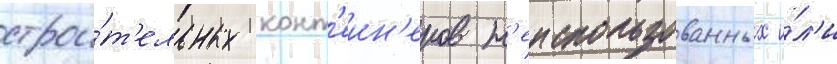
строи́т'ельных конт'еин'еров н'еиспользованных и́л'и